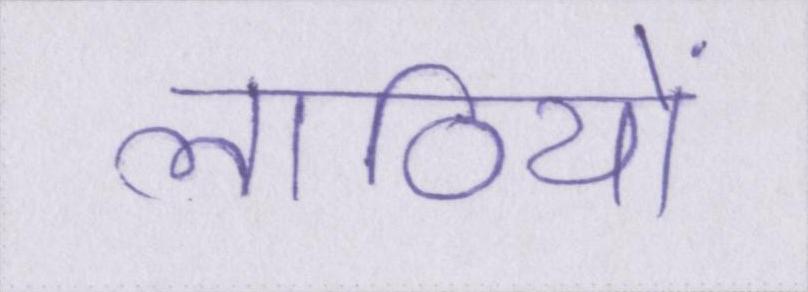
लाठियों